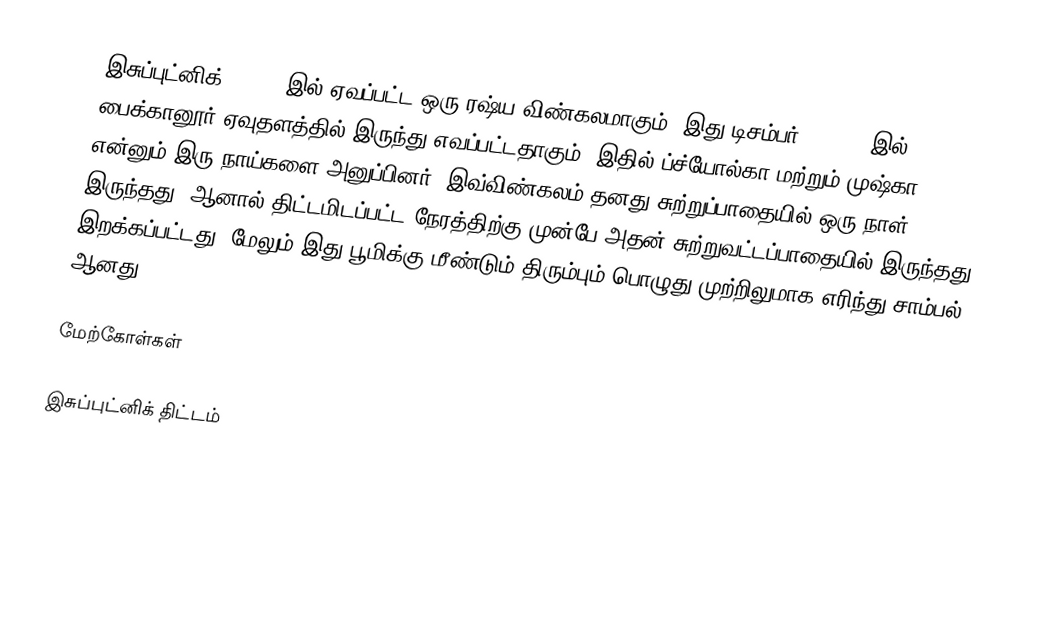
இசுப்புட்னிக் 6 1960 இல் ஏவப்பட்ட ஒரு ரஷ்ய விண்கலமாகும். இது டிசம்பர் 1, 1960 இல் பைக்கானூர் ஏவுதளத்தில் இருந்து எவப்பட்டதாகும். இதில் ப்ச்யோல்கா மற்றும் முஷ்கா என்னும் இரு நாய்களை அனுப்பினர். இவ்விண்கலம் தனது சுற்றுப்பாதையில் ஒரு நாள் இருந்தது, ஆனால் திட்டமிடப்பட்ட நேரத்திற்கு முன்பே அதன் சுற்றுவட்டப்பாதையில் இருந்தது இறக்கப்பட்டது. மேலும் இது பூமிக்கு மீண்டும் திரும்பும் பொழுது முற்றிலுமாக எரிந்து சாம்பல் ஆனது.

மேற்கோள்கள்

இசுப்புட்னிக் திட்டம்